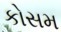
કોસમ